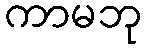
ကာမဘု